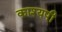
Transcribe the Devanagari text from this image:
काश्यपी